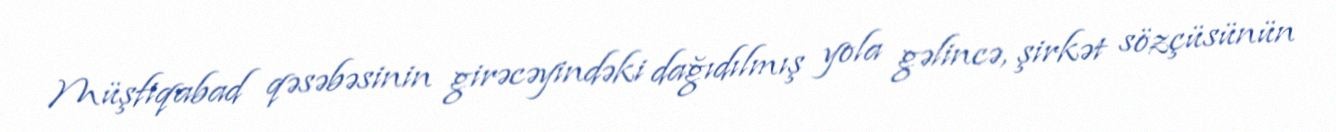
Müşfiqabad qəsəbəsinin girəcəyindəki dağıdılmış yola gəlincə, şirkət sözçüsünün